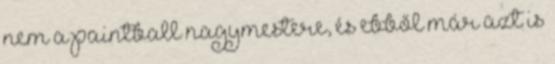
nem a paintball nagymestere, és ebből már azt is